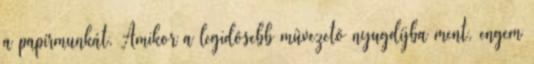
a papírmunkát. Amikor a legidôsebb mûvezetô nyugdíjba ment, engem